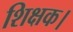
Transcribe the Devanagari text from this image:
शिक्षक।